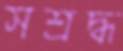
সশ্রদ্ধ